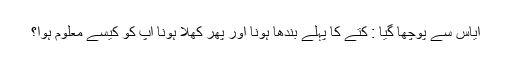
اِیاس سے پوچھا گیا : کتے کا پہلے بندھا ہونا اور پھر کھلا ہونا آپ کو کیسے معلوم ہوا؟